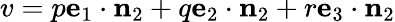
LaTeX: v=p\mathbf{e}_{1}\cdot\mathbf{n}_{2}+q\mathbf{e}_{2}\cdot\mathbf{n}_{2}+r\mathbf{e}_{3}\cdot\mathbf{n}_{2}